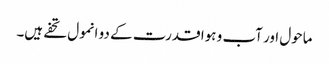
ماحول اور آب و ہوا قدرت کے دو انمول تحفے ہیں۔